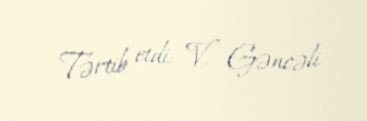
Tərtib etdi: V. Gəncəli